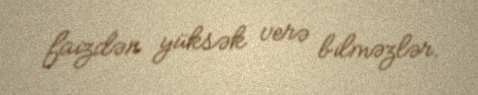
faizdən yüksək verə bilməzlər.